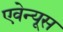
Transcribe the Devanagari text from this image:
एवेन्यूस